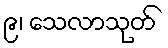
၉၊ သေလာသုတ်